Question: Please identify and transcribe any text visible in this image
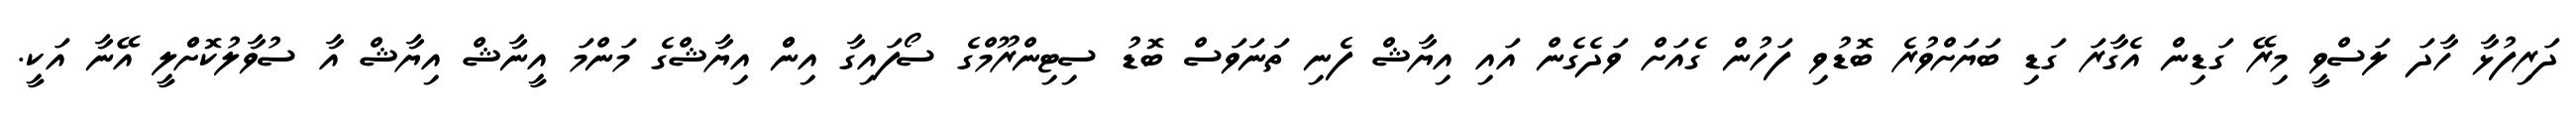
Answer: ދަރިފުޅާ ހާދަ ލަސްވީ މިރޭ ގަޑިން އެގާރަ ގަޑި ބަޔަށްވުރެ ބޮޑުވި ފަހުން ގެއަށް ވަދެގެން އައި އިޔާޝް ފެނި ތަނަވަސް ބޮޑު ސިޓިންރޫމްގެ ސޯފައިގާ އިންް އިޔާޝްގެ މަންމަ އީނާޝް އިޔާޝް އާ ސުވާލުކޮށްްލީ އޭނާ އަކީ.